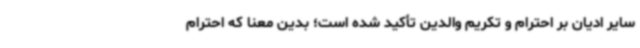
سایر ادیان بر احترام و تکریم والدین تأکید شده است؛ بدین معنا که احترام